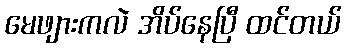
မေဖျားကလဲ အိပ်နေပြီ ထင်တယ်